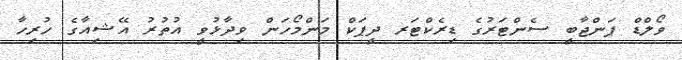
ވޯލްޑް ޕަންޖާބީ ސެންޓަރުގެ ޑިރެކްޓަރ ދީޕަކް މަންމޯހަން ވިދާޅުވީ އުތުރު އޭޝިއާގެ ހުރިހާ